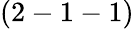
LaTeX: (2-1-1)